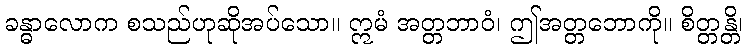
ခန္ဓာလောက စသည်ဟုဆိုအပ်သော။ ဣမံ အတ္တဘာဝံ၊ ဤအတ္တဘောကို။ စိတ္တန္တိ၊